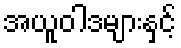
အယူဝါဒများနှင့်